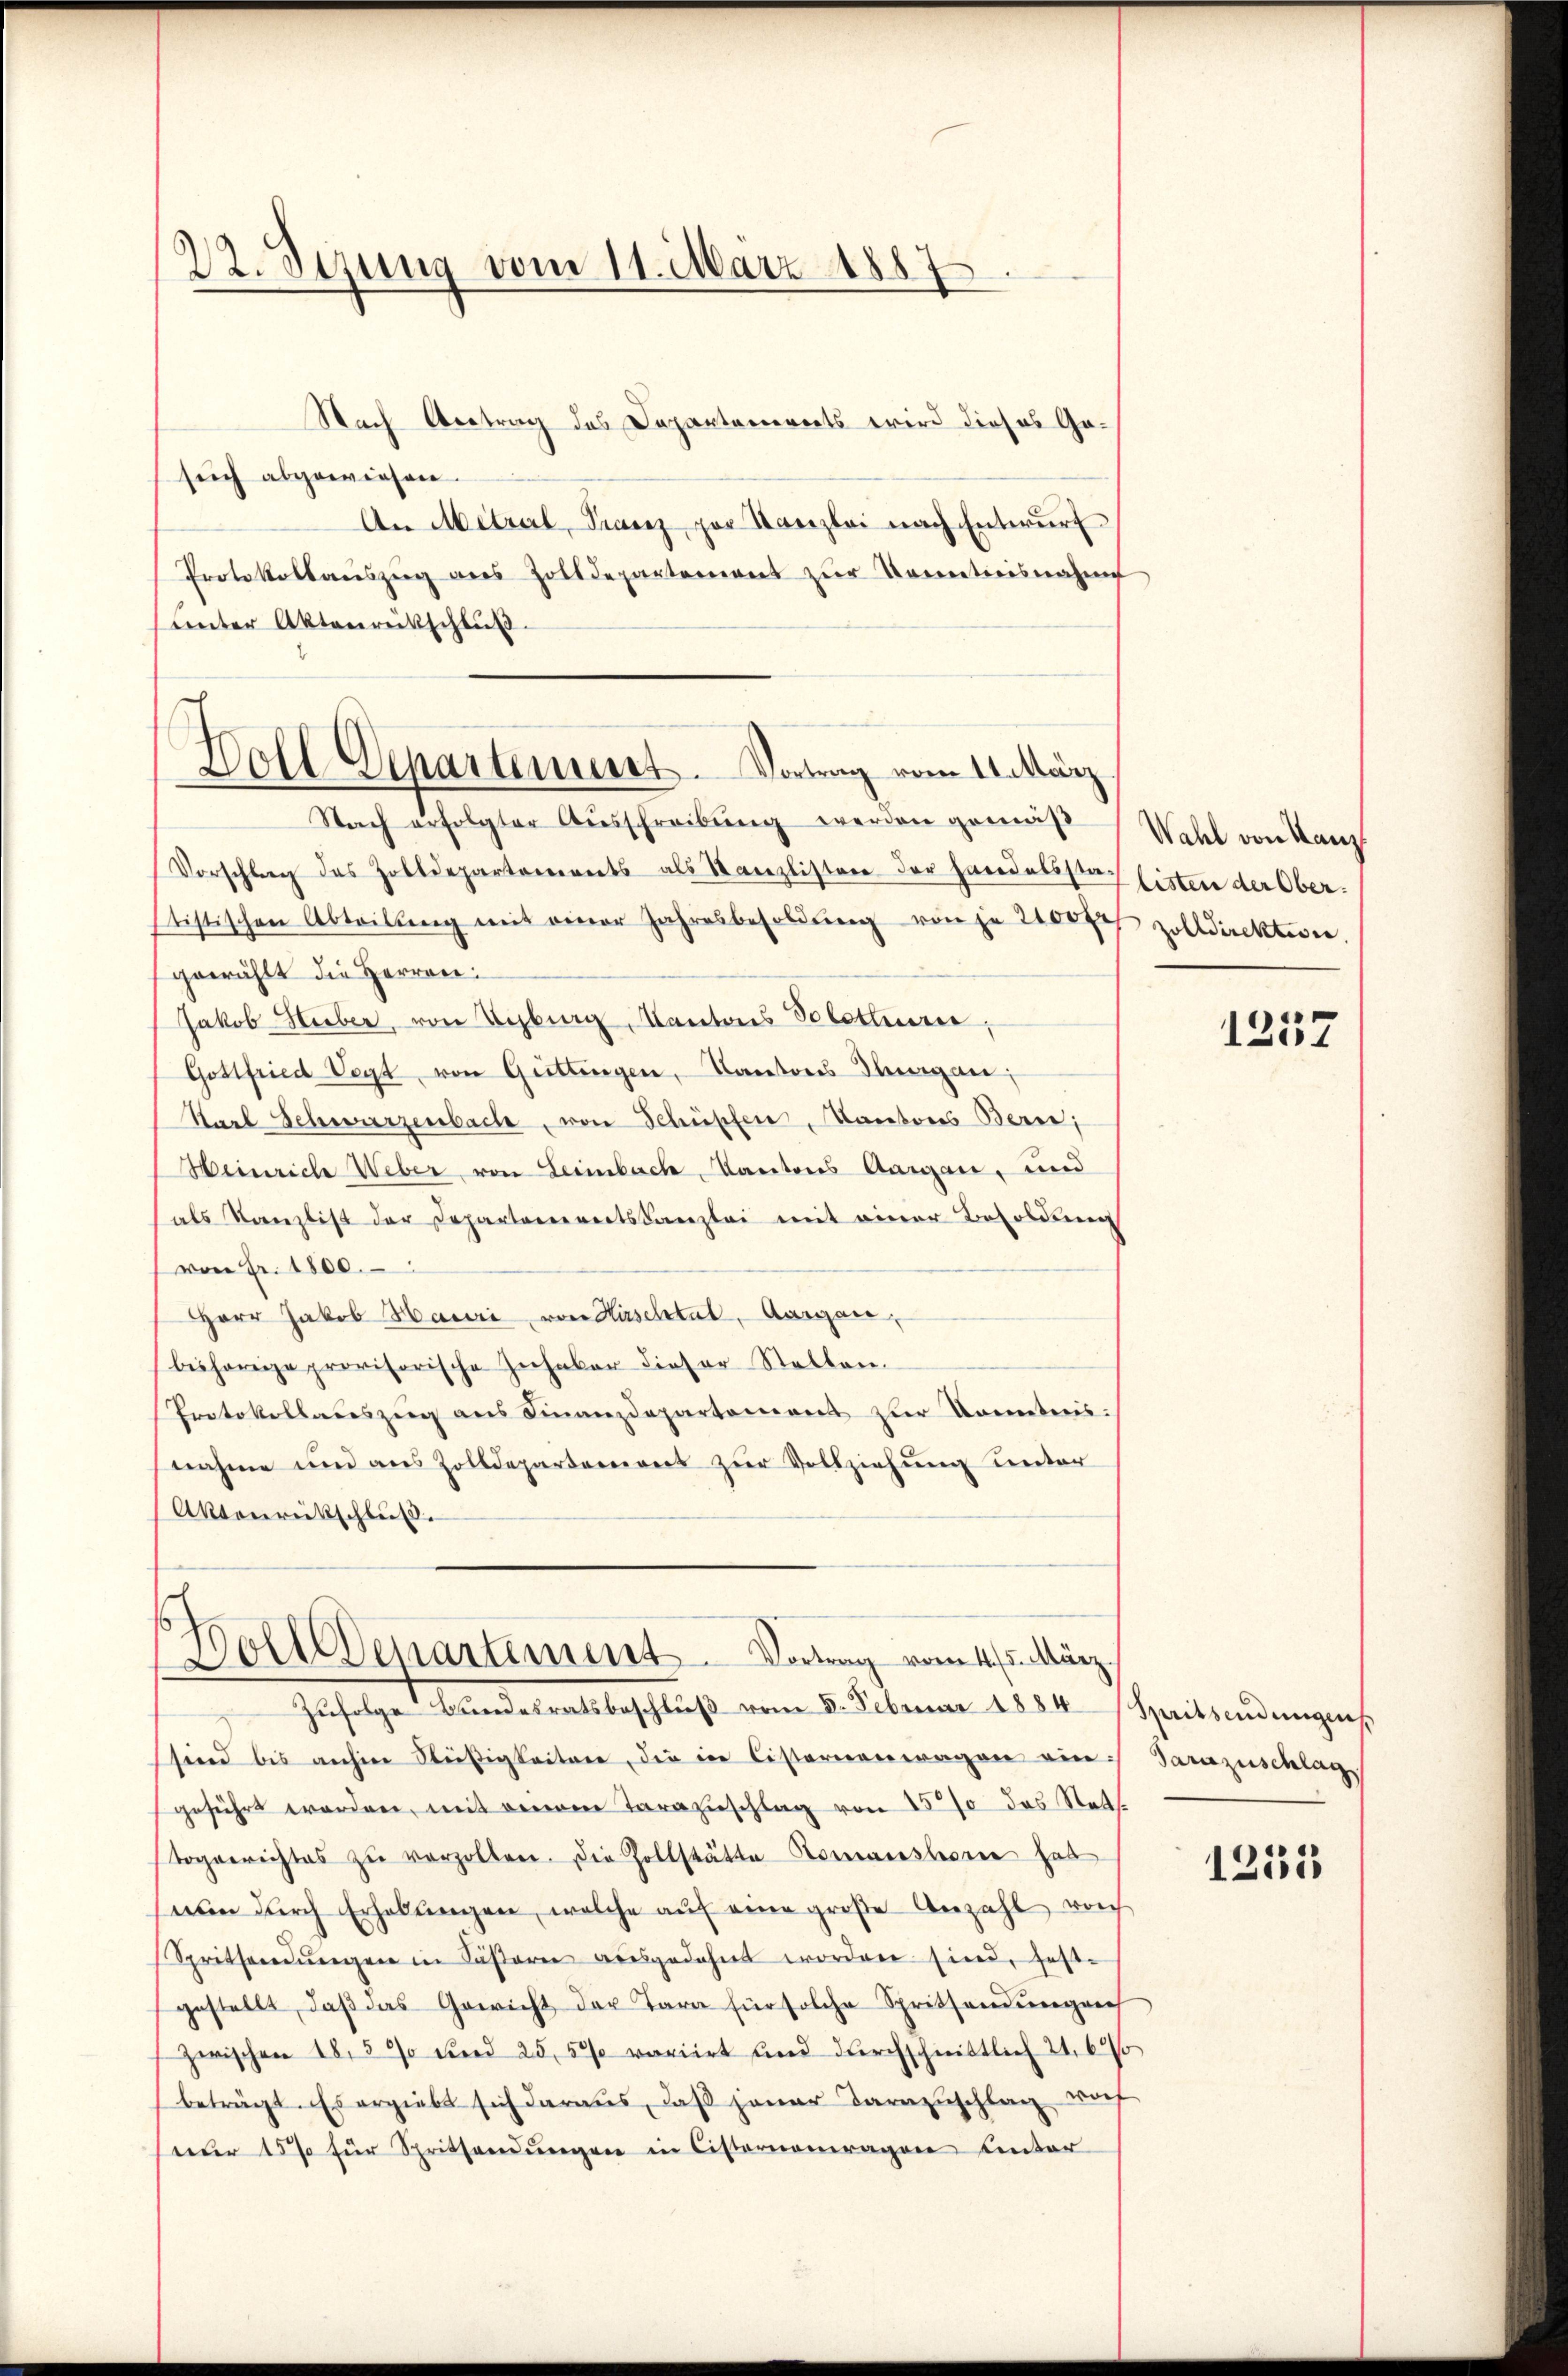
22. Sezung vom 11. März 1887

Nach Vertrag des Departements wird dieses Gesuch abgewiesen.
An Metral, Franz per Kanzlei nach Entwurf
Protokollauszug aus Zolldepartement zŭr Kenntnisnahme
Lnter Aktenreitschluß.
Nach erfolgter Aŭsschreibŭng werden gemäß
Vorschlag des Zolldepartareignets als Kanzlistere der Handelsstatistischen Abteilŭng mit einer Jahresbesoldŭng von je 2100 Fr
gewählt die Herren:
Jakob Hieber, von Verbung, Kantons Solothurer,
Gottfried Vogt von Güttingen, Cantons Thurgau;
Karl Schwurzenbache, von Schüpfen, Kantons Berne;
Heinriche Weber von Leimbach, Kantons Aargau, und
als Kanzlist der Departanereitskanzlei mit einer Besoldung
von Fr. 1800.
Herr Jakob Mauri von Hirschtat, Aargau,
bisherige provisorische Inhaber dieser Stellen.
Protokollauszeig ans Finanzdepartement zur Kometris.
nahme und aus Zolldepartement zŭr Vollziehŭng unter
Aktenreitschluß
Bolldepartement. Vortrag vom 4. 5. März.
Zufolge Bundesratsbeschluß vom 5. Februar 1884
sind bis anhin seitigkeitere, die in Cisternenwagen ein
geführt worden, mit einem Tarazŭschlag von 1570 des Statt
Toggerichtes zŭ verzollen. Die Zollstätte Romansleeren hab
nŭn dŭrch Erhebungen, welche auf eine große Anzahl roch
Spritsendŭngen in Cäsare ausgedehnt worden sind, fest-
gestellt, daß das Gewicht der Tara für solche Sprittendungen
Zwischen 18. 590 und 255% voriirt und durchschnittlich 21. 62
beträgt. Es ergiebt sich daraus, daß jener Darazuschlag wof
nur 157 für Spritsendŭngen in Cisternomragen Unter

Holl Departennert. Vortrag vom 11. März

Wahl von Kanz
listen der Ober
zolldirektion

1257

Spritsendungen
Garuzuschlag

1255